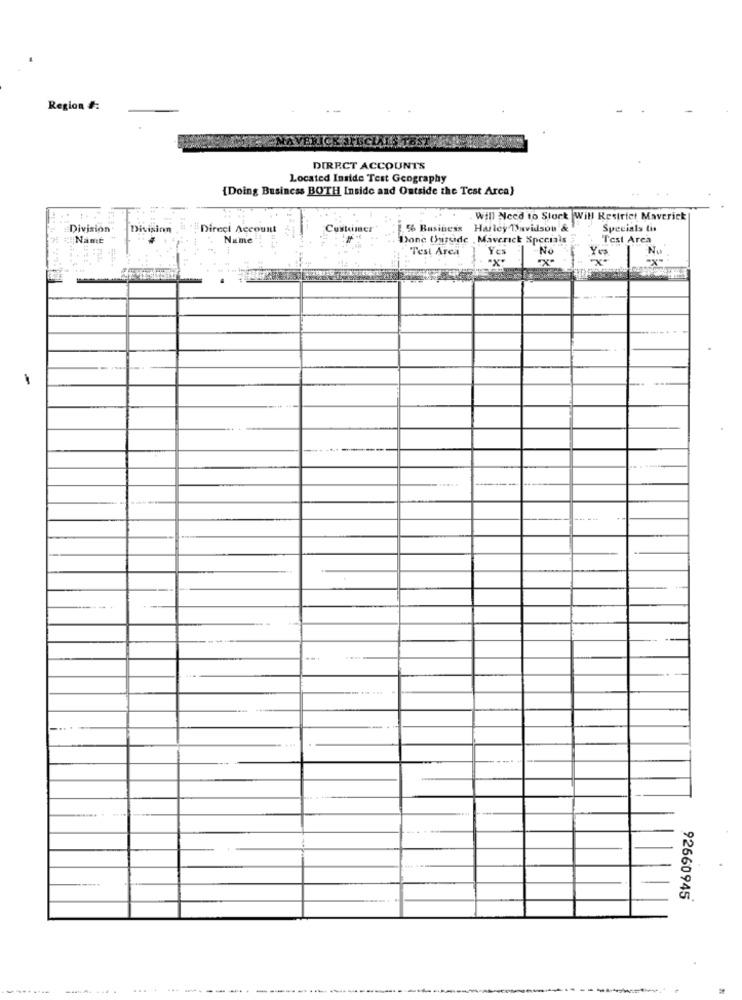
Region #:
DIRECT ACCOUNTS
Located Inside Test Geography
[Doing Business BOTH Inside and Outside the Test Arca}
Will Need to Stock Will Restrict Maverick
Division
Division
Direci Account
Customer
% Business Harley Davidson &
% Business
Specials th
Name
Name
Donc (usoide , Maverick Specials
"Test Area
Test Arca
YEs
No
Yes
No
92660945
.....
-----
----